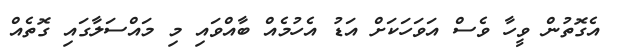
އެގޮތުން ވީހާ ވެސް އަވަހަކަށް އަޑު އެހުމެއް ބާއްވައި މި މައްސަލާގައި ގޮތެއް